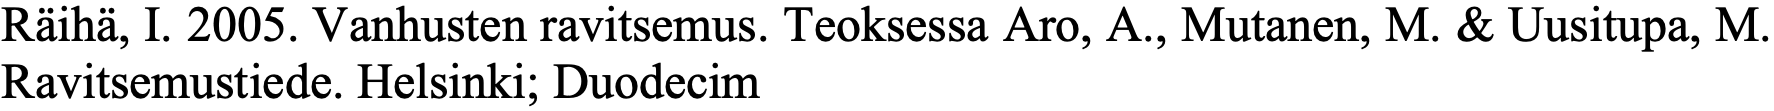
Räihä, I. 2005. Vanhusten ravitsemus. Teoksessa Aro, A., Mutanen, M. & Uusitupa, M. Ravitsemustiede. Helsinki; Duodecim